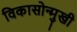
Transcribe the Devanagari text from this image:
विकासोन्मुखी